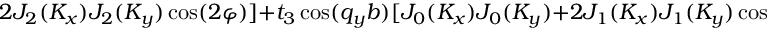
2 J _ { 2 } ( K _ { x } ) J _ { 2 } ( K _ { y } ) \cos ( 2 \varphi ) ] + t _ { 3 } \cos ( q _ { y } b ) [ J _ { 0 } ( K _ { x } ) J _ { 0 } ( K _ { y } ) + 2 J _ { 1 } ( K _ { x } ) J _ { 1 } ( K _ { y } ) \cos ( \varphi ) + 2 J _ { 2 } ( K _ { x } ) J _ { 2 } ( K _ { y } ) \cos ( 2 \varphi ) ] \}